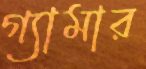
গ্যামার